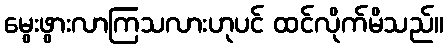
မွေးဖွားလာကြသလားဟုပင် ထင်လိုက်မိသည်။